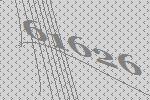
61626